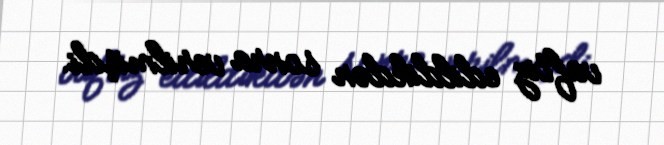
vaftiz edildikdən sonra verilmişdi.